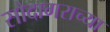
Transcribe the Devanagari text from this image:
सौदागराच्या